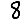
Digit: 8